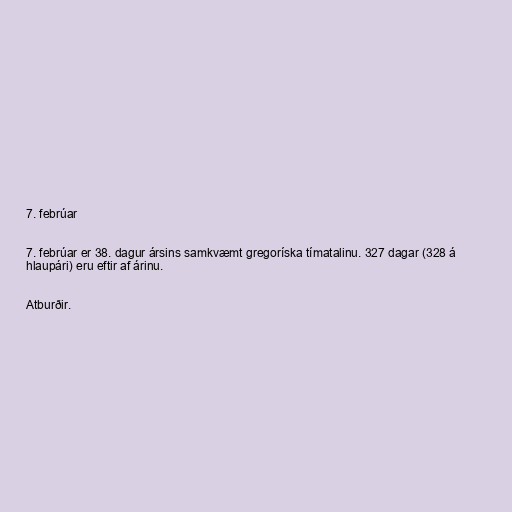
7. febrúar

7. febrúar er 38. dagur ársins samkvæmt gregoríska tímatalinu. 327 dagar (328 á
hlaupári) eru eftir af árinu.

Atburðir.